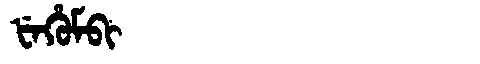
Manchu: ᡶᡝᡥᡠᠮᠪᡳ
Romanization: FEHUMBI